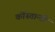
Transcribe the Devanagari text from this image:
कोंस्तान्तीं